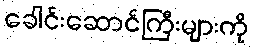
ခေါင်းဆောင်ကြီးများကို